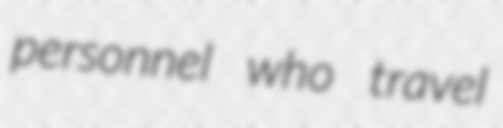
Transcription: personnel who travel